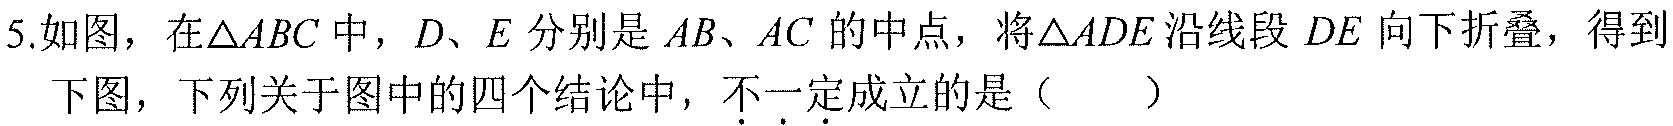
5.如图，在\(\triangle ABC\)中，\(D、E\)分别是\(AB、AC\)的中点，将\(\triangle ADE\)沿线段 \(DE\)向下折叠，得到下图，下列关于图中的四个结论中，\(不一定\)成立的是（  ）